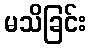
မသိခြင်း